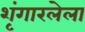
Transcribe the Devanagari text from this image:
शृंगारलेला